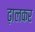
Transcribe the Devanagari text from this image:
ढ़ालकर